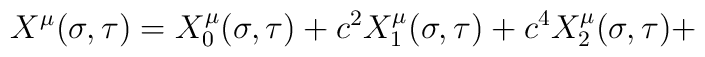
X^{\mu}(\sigma, \tau) = X_{0}^{\mu}(\sigma, \tau) + c^{2} X_{1}^{\mu}(\sigma,\tau) + c^{4} X_{2}^{\mu}(\sigma, \tau) +